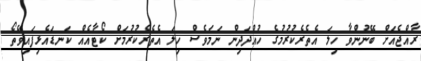
ރާއްޖެއަށް ބޭނުންވާ ހިލަ އެތެރެކުރުމުގެ ހުއްދަދިން ނަމަވެސް ހިލަ އެތެރެކުރުމަށް ކޯޓާއެއް ކަނޑައެޅިފައިވޭތޯ